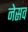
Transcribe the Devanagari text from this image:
नेसव